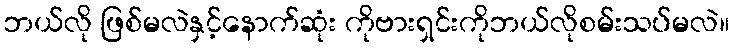
ဘယ်လို ဖြစ်မလဲနှင့်နောက်ဆုံး ကိုဗားရှင်းကိုဘယ်လိုစမ်းသပ်မလဲ။